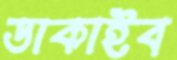
ডাকাইব